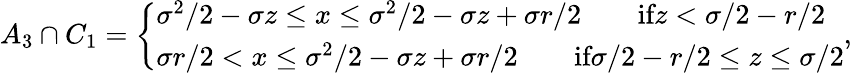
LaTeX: \begin{array}{r}{A_{3}\cap C_{1}=\left\{ \begin{array}{ll}{\sigma^{2}/2-\sigma z\leq x\leq\sigma^{2}/2-\sigma z+\sigma r/2\qquad\textrm{if}z<\sigma/2-r/2}\\ {\sigma r/2<x\leq\sigma^{2}/2-\sigma z+\sigma r/2\qquad\textrm{if}\sigma/2-r/2\leq z\leq\sigma/2}\end{array}\right.,}\end{array}